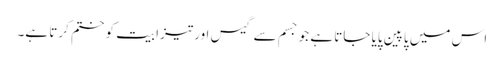
اس میں پاپین پایا جاتا ہے جو جسم سے گیس اور تیزابیت کو ختم کرتا ہے۔